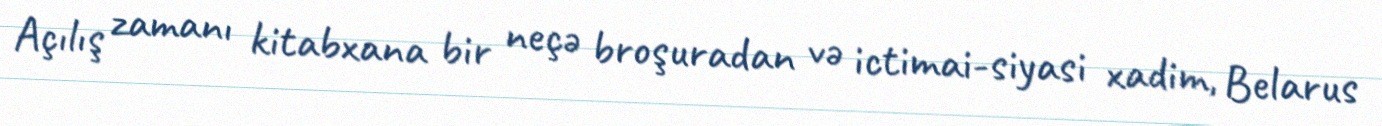
Açılış zamanı kitabxana bir neçə broşuradan və ictimai-siyasi xadim, Belarus